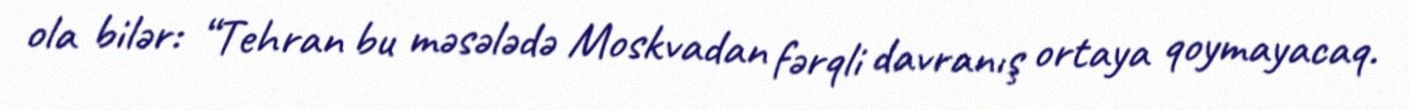
ola bilər: “Tehran bu məsələdə Moskvadan fərqli davranış ortaya qoymayacaq.